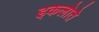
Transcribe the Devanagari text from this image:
इकलोते